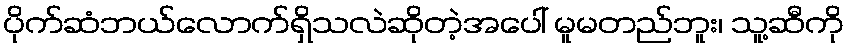
ပိုက်ဆံဘယ်လောက်ရှိသလဲဆိုတဲ့အပေါ် မူမတည်ဘူး၊ သူ့ဆီကို